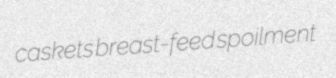
caskets breast-feed spoilment